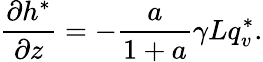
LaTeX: \frac{\partial h^{*}}{\partial z}=-\frac{a}{1+a}\gamma Lq_{v}^{*}.